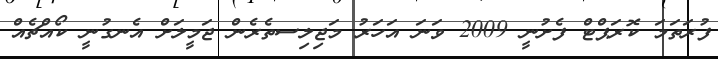
ފުރަތަމަ ކޮރަޕްޓް ފެށުނީ 2009 ވަނަ އަހަރު މަޖިލިސތެރެން ޖަމީލަށް އެނގުނީ ކޯއްޗެއް